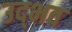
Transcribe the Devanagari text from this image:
उद्‍भव